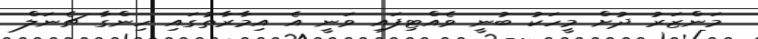
މަންޒަރު ދުށް މީހަކު ބުނީ ވެއްޓިފައި ވަނީ އެ އިމާރާތުގައި ހިންގާ ޗެނަލް